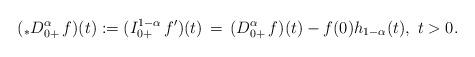
LaTeX: \begin{align*}( _*D^\alpha_{0+}\, f)(t) := (I^{1-\alpha}_{0+}\, f^\prime)(t) \, = \, (D^\alpha_{0+}\, f)(t) - f(0)h_{1-\alpha}(t),\ t>0.\end{align*}